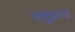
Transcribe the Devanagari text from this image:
पशुद्रव्य